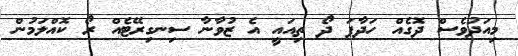
މިއަދުވެސް ދޮގެއް ހަދާފަ ދޯ ތިއައީ އެ ޒުވާނާ ސިނގިރޭޓެއް ރޯ ކޮއްލަމުން